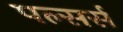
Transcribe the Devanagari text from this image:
पल्सर्स